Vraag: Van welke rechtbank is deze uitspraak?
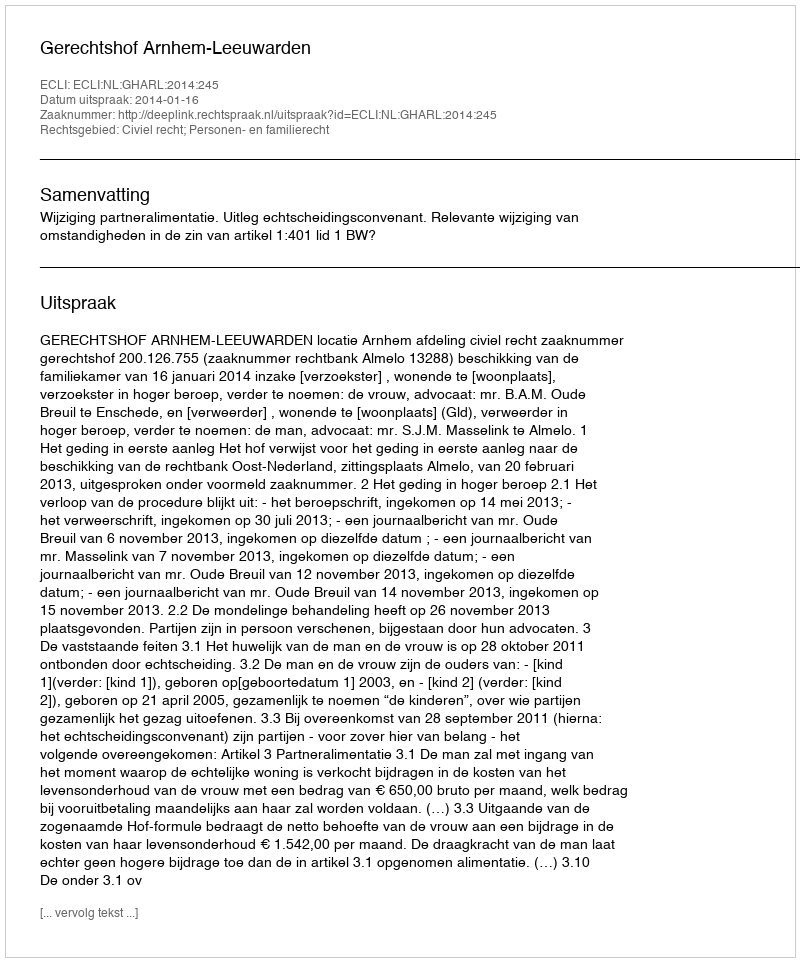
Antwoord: Gerechtshof Arnhem-Leeuwarden